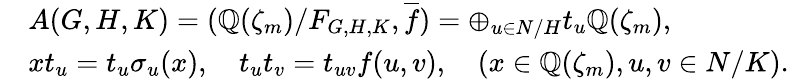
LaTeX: \begin{array}{rl}&{A(G,H,K)=({\mathbb Q}(\zeta_{m})/F_{G,H,K},\overline{{f}})=\oplus_{u\in N/H}t_{u}{\mathbb Q}(\zeta_{m}),}\\ &{xt_{u}=t_{u}\sigma_{u}(x),\quad t_{u}t_{v}=t_{uv}f(u,v),\quad(x\in{\mathbb Q}(\zeta_{m}),u,v\in N/K).}\end{array}